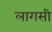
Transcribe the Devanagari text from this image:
लागसी